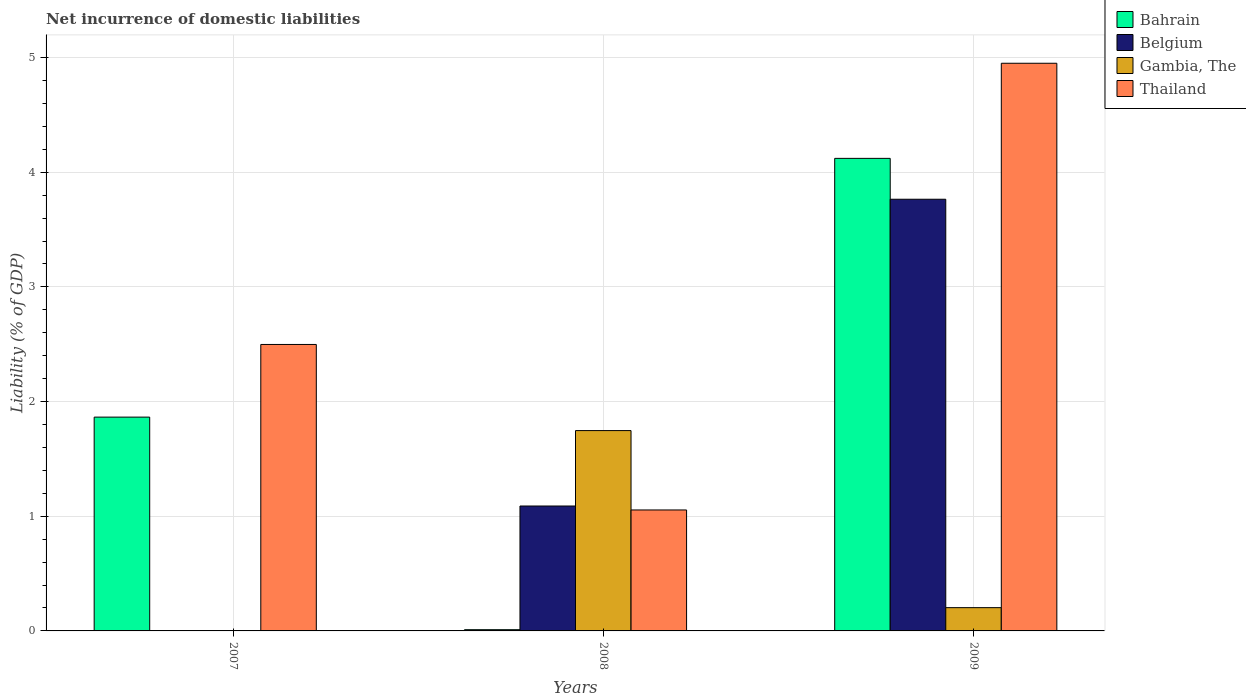
| Years | Bahrain | Belgium | Gambia, The | Thailand |
 | --- | --- | --- | --- | --- |
 | 2007 | 1.86 | -3.68 | -0.395 | 2.5 |
 | 2008 | 0.0108 | 1.09 | 1.75 | 1.05 |
 | 2009 | 4.12 | 3.76 | 0.203 | 4.95 |